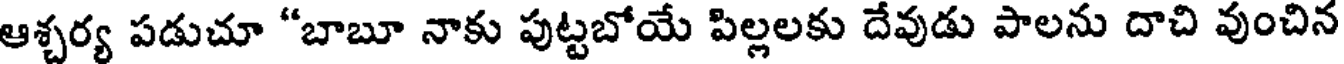
ఆశ్చర్య పడుచూ "బాబూ నాకు పుట్టబోయే పిల్లలకు దేవుడు పాలను దాచి వుంచిన